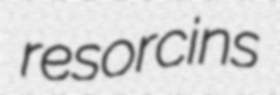
resorcins